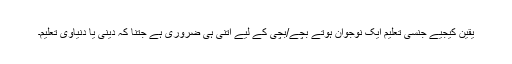
یقین کیجیے جنسی تعلیم ایک نوجوان ہوتے بچے/بچی کے لیے اتنی ہی ضروری ہے جتنا کہ دینی یا دنیاوی تعلیم۔